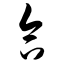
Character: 合